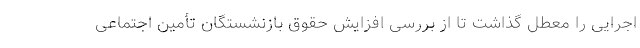
اجرایی را معطل گذاشت تا از بررسی افزایش حقوق بازنشستگان تأمین اجتماعی